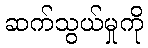
ဆက်သွယ်မှုကို